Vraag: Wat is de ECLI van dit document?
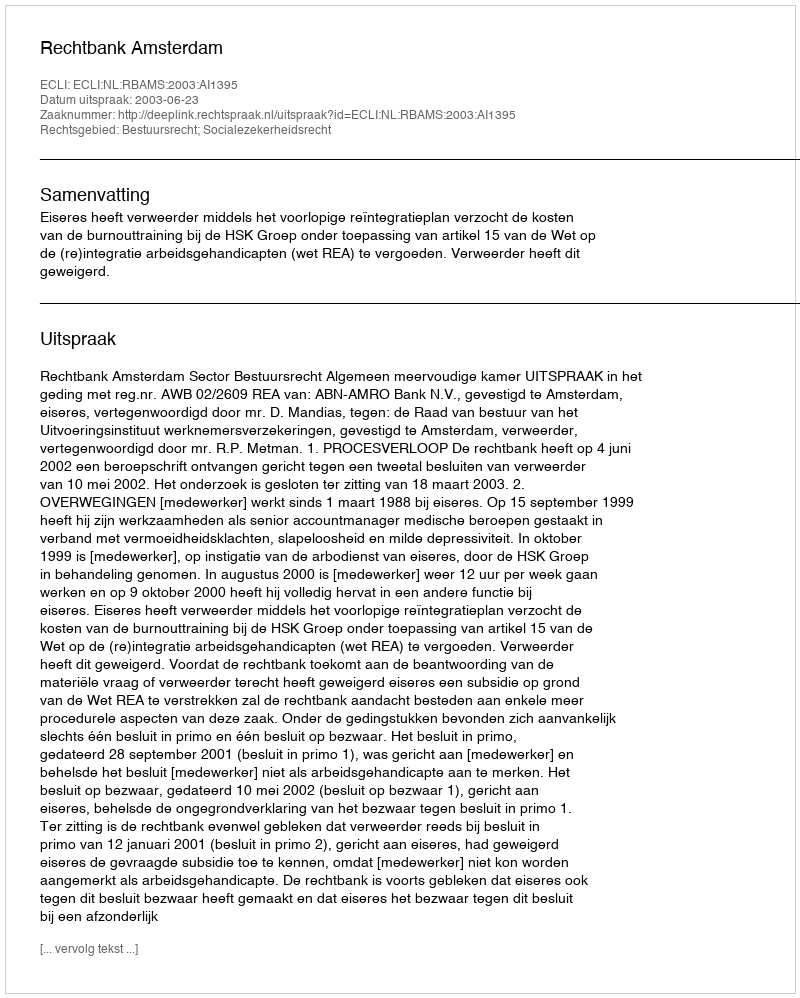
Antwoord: ECLI:NL:RBAMS:2003:AI1395